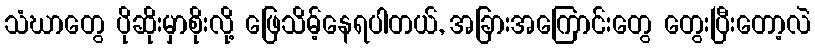
သံဃာတွေ ပိုဆိုးမှာစိုးလို့ ဖြေသိမ့်နေရပါတယ်, အခြားအကြောင်းတွေ တွေးပြီးတော့လဲ